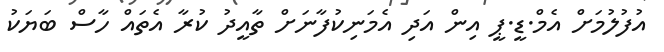
އުފުލުމަށް އެމް.ޑީ.ޕީ އިން އަދި އެމަނިކުފާނަށް ތާއީދު ކުރާ އެތައް ހާސް ބަޔަކު